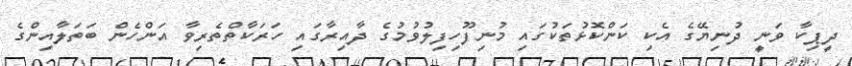
ދީޕިކާ ވަނީ ދުނިޔޭގެ އެކި ކަންކޮޅުތަކުގައި މުނިފޫހިފިލުވުމުގެ ދާއިރާގައި ހަރަކާތްތެރިވާ އަންހެން ބަތަލާއިންގެ